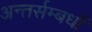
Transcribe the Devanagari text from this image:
अन्तर्सम्बधों